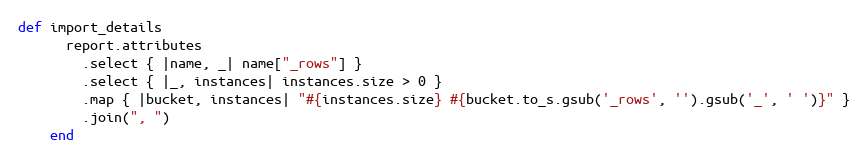
Language: Ruby
def import_details
      report.attributes
        .select { |name, _| name["_rows"] }
        .select { |_, instances| instances.size > 0 }
        .map { |bucket, instances| "#{instances.size} #{bucket.to_s.gsub('_rows', '').gsub('_', ' ')}" }
        .join(", ")
    end